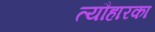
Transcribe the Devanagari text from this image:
त्यौहारका